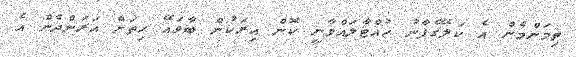
ތިމަންމެން އެ ކަލޭގެފާނު ހުއްޓާލައްވާނީ ކޮން އިރަކުން ބާވައޭ ހިތަށް އަރަންދެން އެ